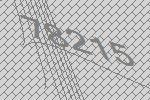
78215